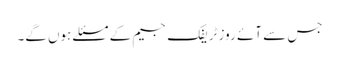
جس سے آئے روز ٹریفک جیم کے مسئلے ہوں گے۔